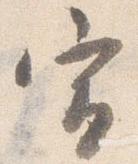
宣